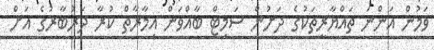
ވަމުން އަންނަ ތައްޔާރީތަކުގެ ދަށުން ސަމިޓް ބާއްވަން އިމާރާތް ކުރާ ދަރުބާރުގެ އަށް